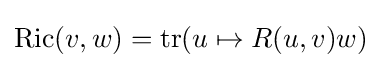
\operatorname {Ric} (v,w)=\operatorname {tr} (u\mapsto R(u,v)w)